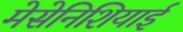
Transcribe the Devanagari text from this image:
मेसेनिशियाई